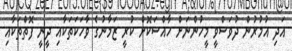
އަދި އުމުރުން ދުވަސްވީ މީހުންނަށް ހާއްސަކޮށް ކުރީ ޒަމާނުގެ ވާހަކަތަކާއި ދީނީ ފޮތްތަކާއި